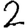
Digit: 2